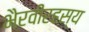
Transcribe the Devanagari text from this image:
भैरवीरहस्य